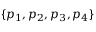
\{ p _ { 1 } , p _ { 2 } , p _ { 3 } , p _ { 4 } \}